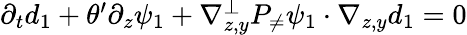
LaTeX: \begin{array}{r}{\partial_{t}d_{1}+\theta^{\prime}\partial_{z}\psi_{1}+\nabla_{z,y}^{\bot}P_{\neq}\psi_{1}\cdot\nabla_{z,y}d_{1}=0}\end{array}